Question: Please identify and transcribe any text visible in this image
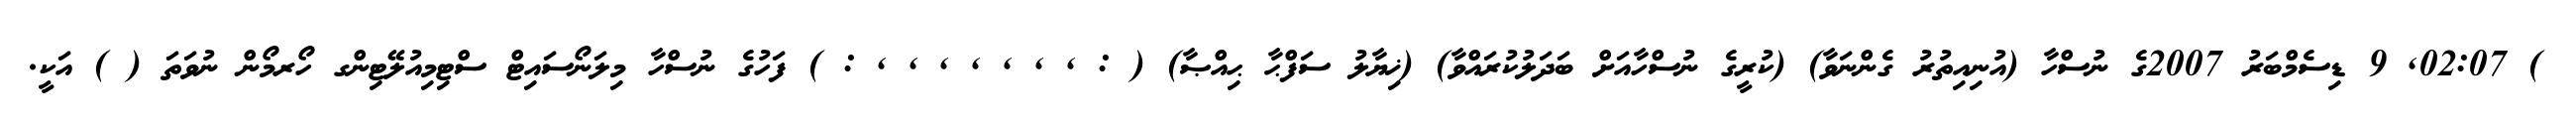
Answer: ) 02:07, 9 ޑިސެމްބަރު 2007ގެ ނުސްހާ (އުނިއިތުރު ގެންނަވާ) (ކުރީގެ ނުސްހާއަށް ބަދަލުކުރައްވާ) (ޚިޔާލު ސަފްޙާ ޙިއްޞާ) ( : , , , , , , , : ) ފަހުގެ ނުސްހާ މިލަނޯސައިޓް ސްޓިމިއުލޭޓިންގ ހޯރމޯން ނުވަތަ ( ) އަކީ.